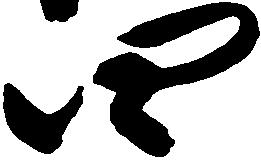
四